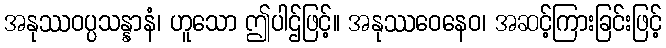
အနုဿဝပ္ပသန္နာနံ၊ ဟူသော ဤပါဌ်ဖြင့်။ အနုဿဝေနေဝ၊ အဆင့်ကြားခြင်းဖြင့်